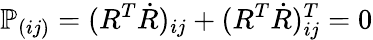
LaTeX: \mathbb P_{(ij)}=(R^{T}\dot{R})_{ij}+(R^{T}\dot{R})_{ij}^{T}=0